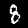
Digit: 8